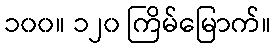
၁၀၀။ ၁၂၀ ကြိမ်မြောက်။